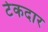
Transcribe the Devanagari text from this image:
टेकदार